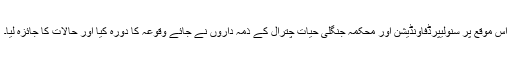
اس موقع پر سنولیپرڈفاؤنڈیشن اور محکمہ جنگلی حیات چترال کے ذمہ داروں نے جائے وقوعہ کا دورہ کیا اور حالات کا جائزہ لیا۔